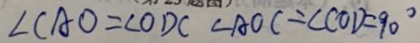
\angle C A O = \angle O D C \angle A O C = \angle C O D = 9 0 ^ { \circ }